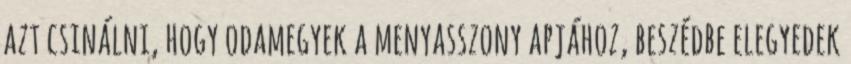
azt csinálni, hogy odamegyek a menyasszony apjához, beszédbe elegyedek